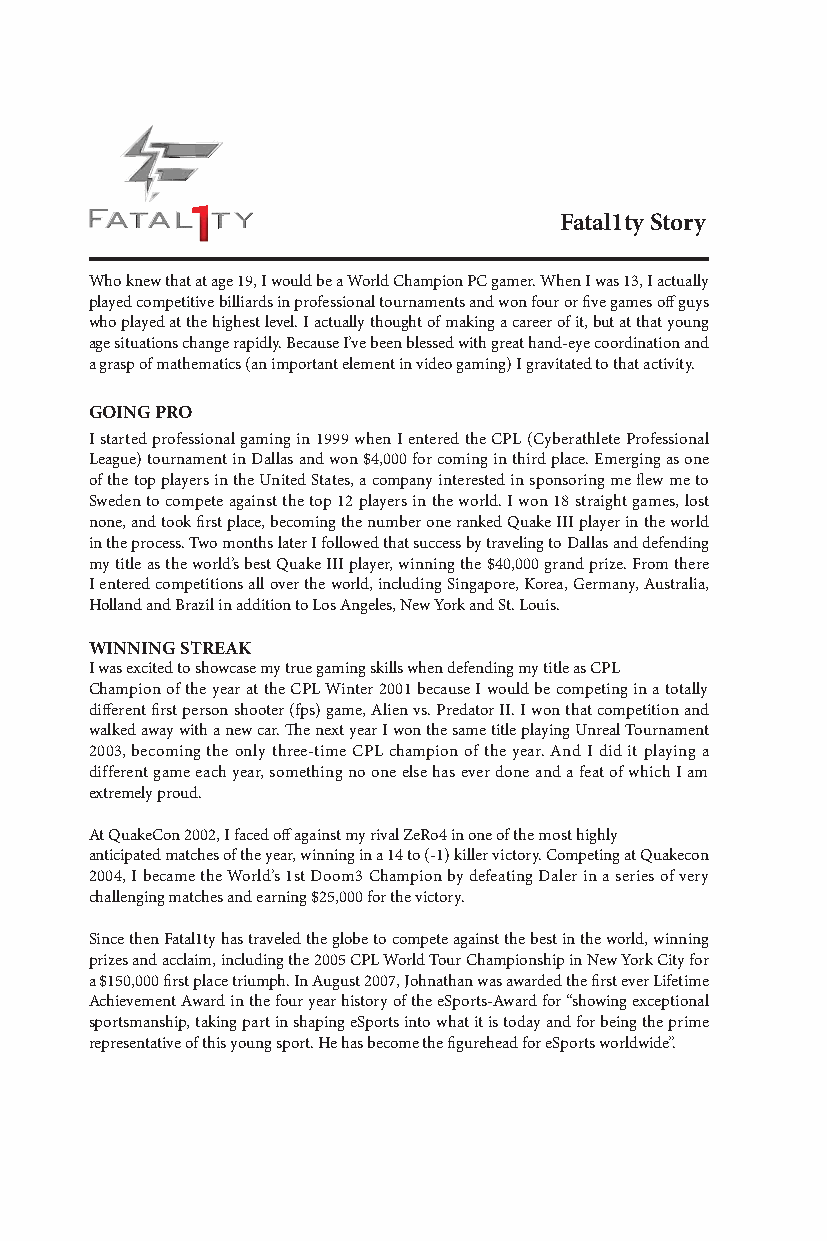
Fatal1ty Story
 Who knew that at age 19, I would be a World Champion PC gamer. When I was 13, I actually
 played competitive billiards in professional tournaments and won four or five games off guys
 who played at the highest level. I actually thought of making a career of it, but at that young
 age situations change rapidly. Because I’ve been blessed with great hand-eye coordination and
 a grasp of mathematics (an important element in video gaming) I gravitated to that activity.
 GOING PRO
 I started professional gaming in 1999 when I entered the CPL (Cyberathlete Professional
 League) tournament in Dallas and won $4,000 for coming in third place. Emerging as one
 of the top players in the United States, a company interested in sponsoring me flew me to
 Sweden to compete against the top 12 players in the world. I won 18 straight games, lost
 none, and took first place, becoming the number one ranked Quake III player in the world
 in the process. Two months later I followed that success by traveling to Dallas and defending
 my title as the world’s best Quake III player, winning the $40,000 grand prize. From there
 I entered competitions all over the world, including Singapore, Korea, Germany, Australia,
 Holland and Brazil in addition to Los Angeles, New York and St. Louis.
 WINNING STREAK
 I was excited to showcase my true gaming skills when defending my title as CPL
 Champion of the year at the CPL Winter 2001 because I would be competing in a totally
 different first person shooter (fps) game, Alien vs. Predator II. I won that competition and
 walked away with a new car. The next year I won the same title playing Unreal Tournament
 2003, becoming the only three-time CPL champion of the year. And I did it playing a
 different game each year, something no one else has ever done and a feat of which I am
 extremely proud.
 At QuakeCon 2002, I faced off against my rival ZeRo4 in one of the most highly
 anticipated matches of the year, winning in a 14 to (-1) killer victory. Competing at Quakecon
 2004, I became the World’s 1st Doom3 Champion by defeating Daler in a series of very
 challenging matches and earning $25,000 for the victory.
 Since then Fatal1ty has traveled the globe to compete against the best in the world, winning
 prizes and acclaim, including the 2005 CPL World Tour Championship in New York City for
 a $150,000 first place triumph. In August 2007, Johnathan was awarded the first ever Lifetime
 Achievement Award in the four year history of the eSports-Award for “showing exceptional
 sportsmanship, taking part in shaping eSports into what it is today and for being the prime
 representative of this young sport. He has become the figurehead for eSports worldwide”.